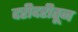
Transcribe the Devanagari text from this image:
दरीदरीतून